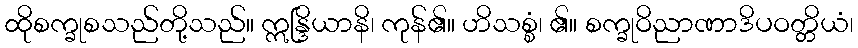
ထိုစက္ခုစသည်တို့သည်။ ဣန္ဒြိယာနိ၊ ကုန်၏။ ဟိသစ္စံ၊ ၏။ စက္ခုဝိညာဏာဒိပဝတ္တိယံ၊